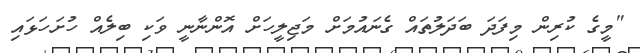
"މީގެ ކުރިން މިފަދަ ބަދަލުތައް ގެނައުމަށް މަޖިލީހަށް އޮންނާނީ ވަކި ބިލެއް ހުށަހަޅައި